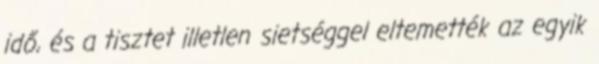
idő, és a tisztet illetlen sietséggel eltemették az egyik